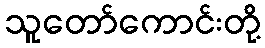
သူတော်ကောင်းတို့